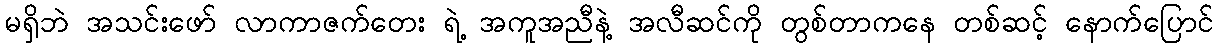
မရှိဘဲ အသင်းဖော် လာကာဇက်တေး ရဲ့ အကူအညီနဲ့ အလီဆင်ကို တွစ်တာကနေ တစ်ဆင့် နောက်ပြောင်